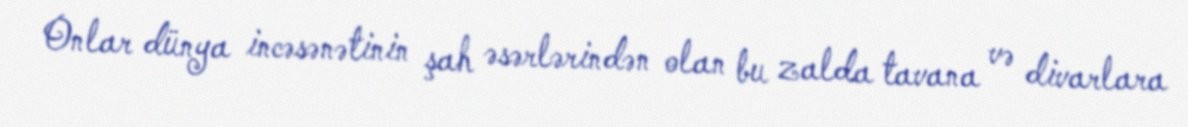
Onlar dünya incəsənətinin şah əsərlərindən olan bu zalda tavana və divarlara